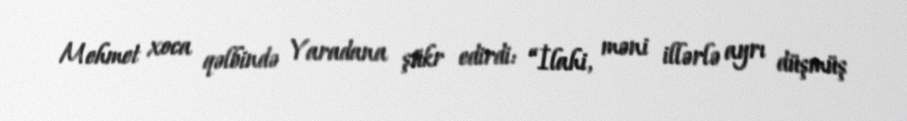
Mehmet xoca qəlbində Yaradana şükr edirdi: “İlahi, məni illərlə ayrı düşmüş